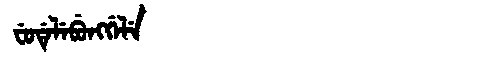
Manchu: ᠸᡠᡩᡝᠯᡝᠪᡠᠩᡤᡝᠯᡝ
Romanization: FUDELEBUNGGELE